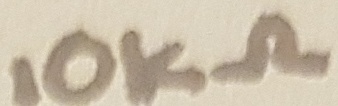
Text: 10KΩ